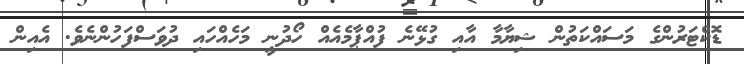
ޑޮކްޓަރުންގެ މަސައްކަތުން ޝިޔާމާ އާއި ގުޅޭނެ ފުއްޕާމެއެއް ހޯދުނީ މަހެއްހައި ދުވަސްފަހުންނެވެ. އެއިން